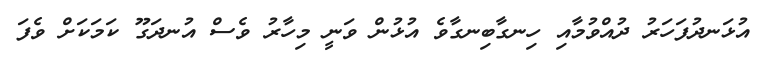
އުޅަނދުފަހަރު ދުއްވުމާއި ހިނގާބިނގާވެ އުޅުން ވަނީ މިހާރު ވެސް އުނދަގޫ ކަމަކަށް ވެފަ